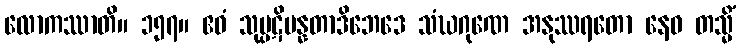
လောကဿာတိ။ ၁၅၇။ ဧဝံ သုပ္ပဋိပန္နတာဒိဘေဒေ သံဃဂုဏေ အနုဿရတော နေဝ တသ္မိံ